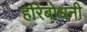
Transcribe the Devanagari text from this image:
हरिबोधनी